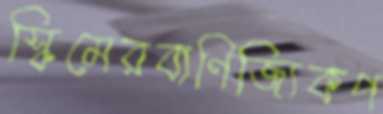
স্কিমেরবাণিজ্যিকপ